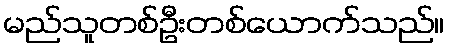
မည်သူတစ်ဦးတစ်ယောက်သည်။